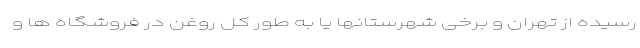
رسیده از تهران و برخی شهرستانها یا به طور کل روغن در فروشگاه ها و